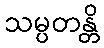
သမ္ပတန္တိ